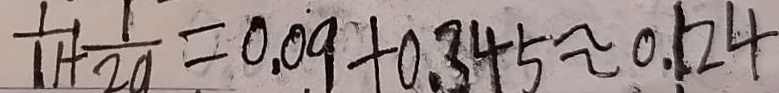
\frac { 1 } { 1 1 } + \frac { 1 } { 2 a } = 0 . 0 9 + 0 . 3 4 5 \approx 0 . 1 2 4